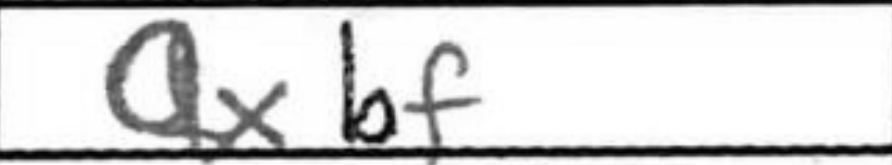
Transcription: Qxbf